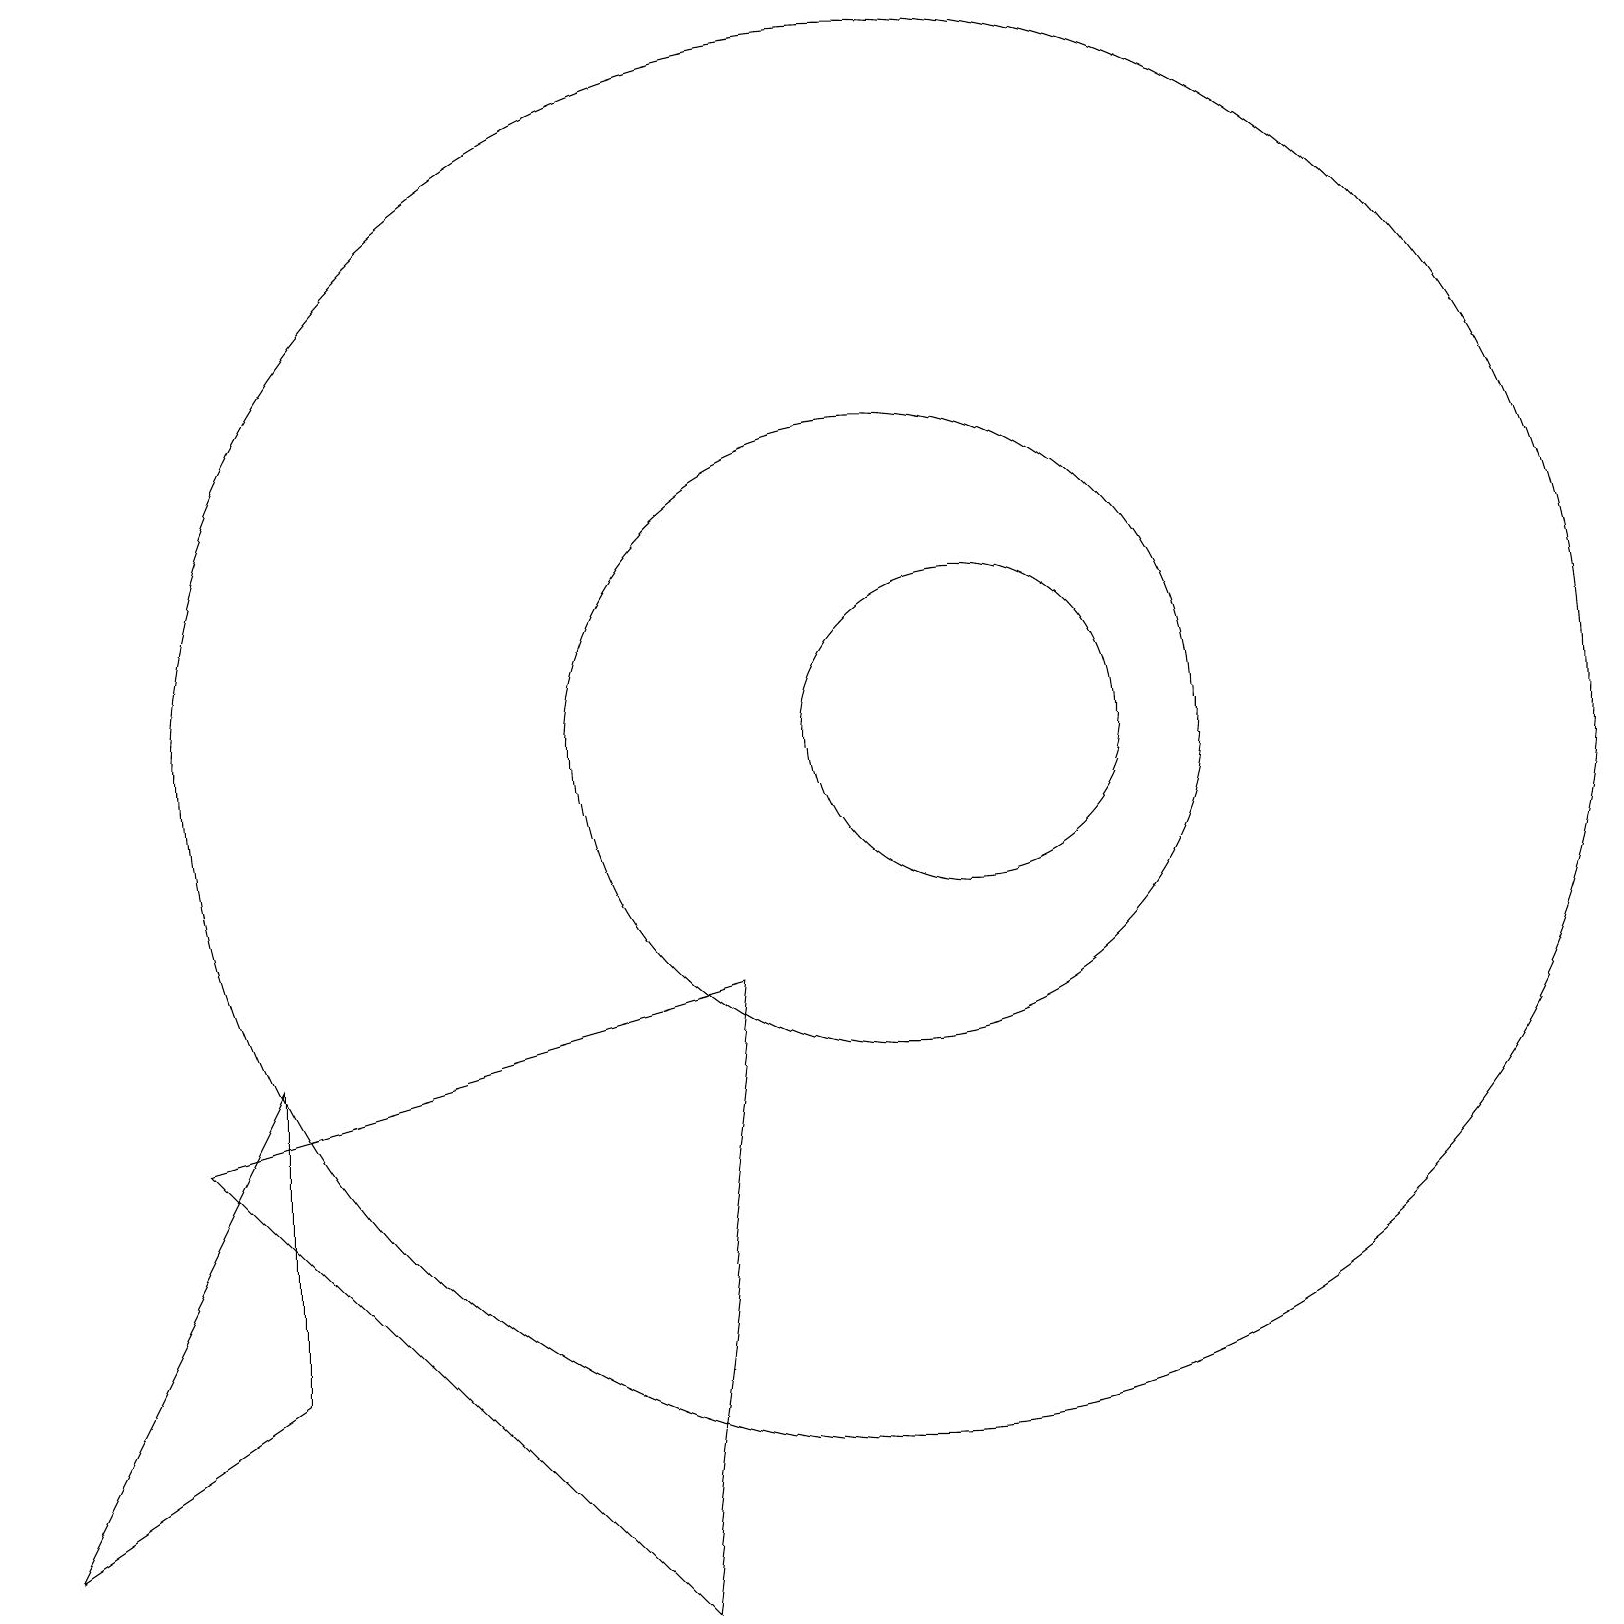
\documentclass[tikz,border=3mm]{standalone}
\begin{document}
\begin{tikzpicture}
\draw (11,11) circle (4);
\draw (12,11) circle (2);
\draw (0,1) -- (3,7) -- (3,3) -- cycle;
\draw (9,8) -- (2,6) -- (8,0) -- cycle;
\draw (11,11) circle (9);
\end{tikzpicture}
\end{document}